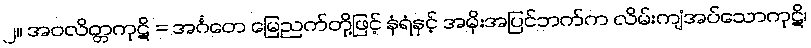
၂။ အဝလိတ္တကုဋိ = အင်္ဂတေ မြေညက်တို့ဖြင့် နံရံနှင့် အမိုးအပြင်ဘက်က လိမ်းကျံအပ်သောကုဋိ၊